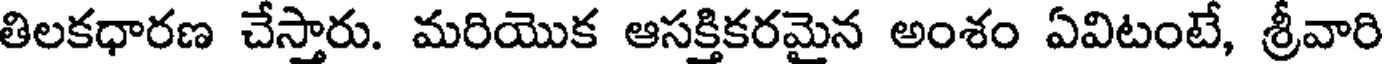
తిలకధారణ చేస్తారు. మరియొక ఆసక్తికరమైన అంశం ఏవిటంటే, శ్రీవారి